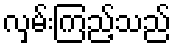
လှမ်းကြည့်သည်